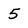
Character: 5